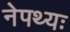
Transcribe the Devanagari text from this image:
नेपथ्यः